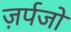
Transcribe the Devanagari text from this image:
ज़र्पजो